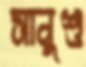
সানুশু